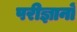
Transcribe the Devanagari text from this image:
परीज्ञानों